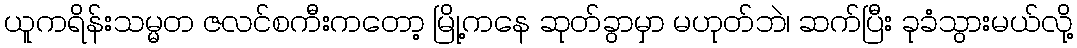
ယူကရိန်းသမ္မတ ဇလင်စကီးကတော့ မြို့ကနေ ဆုတ်ခွာမှာ မဟုတ်ဘဲ၊ ဆက်ပြီး ခုခံသွားမယ်လို့